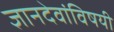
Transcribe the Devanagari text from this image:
ज्ञानदेवांविषयी